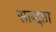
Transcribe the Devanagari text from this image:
सान्द्र्ता